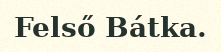
Felső Bátka.